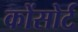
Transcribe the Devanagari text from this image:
कोंसोर्ट